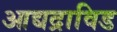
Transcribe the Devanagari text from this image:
आद्यद्राविड